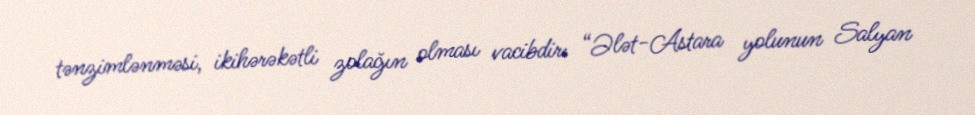
tənzimlənməsi, ikihərəkətli zolağın olması vacibdir: “Ələt-Astara yolunun Salyan